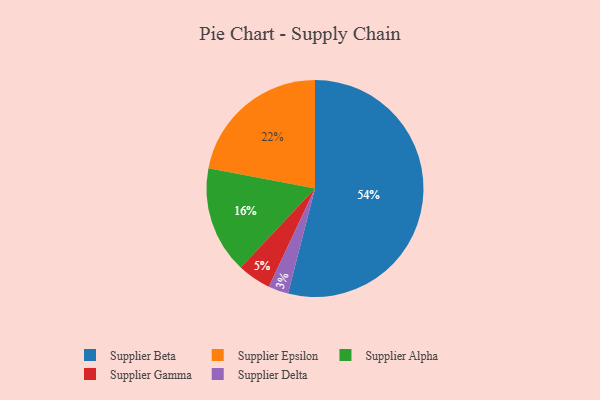
{"axis": {"x": "Category", "y": "Percentage"}, "legend": ["Supplier Alpha", "Supplier Beta", "Supplier Delta", "Supplier Epsilon", "Supplier Gamma"], "data": [{"x": "Supplier Alpha", "y": 16, "type": "Supplier Alpha"}, {"x": "Supplier Gamma", "y": 5, "type": "Supplier Gamma"}, {"x": "Supplier Delta", "y": 3, "type": "Supplier Delta"}, {"x": "Supplier Beta", "y": 54, "type": "Supplier Beta"}, {"x": "Supplier Epsilon", "y": 22, "type": "Supplier Epsilon"}]}